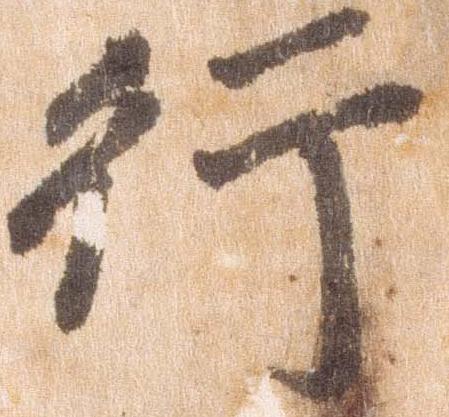
行